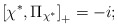
\begin{align*}\left[ \chi ^{\ast },\Pi _{\chi ^{\ast }}\right] _{+}=-i ;\end{align*}